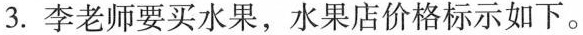
3.李老师要买水果，水果店价格标示如下。